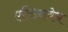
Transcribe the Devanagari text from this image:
एलिज़ावेथ